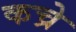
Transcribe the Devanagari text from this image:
कच्रे